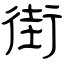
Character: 街